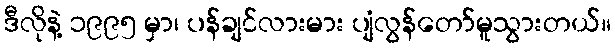
ဒီလိုနဲ့ ၁၉၉၅ မှာ၊ ပန်ချင်လားမား ပျံလွန်တော်မူသွားတယ်။